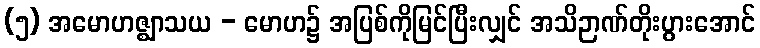
(၅) အမောဟဇ္ဈာသယ - မောဟ၌ အပြစ်ကိုမြင်ပြီးလျှင် အသိဉာဏ်တိုးပွားအောင်